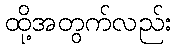
ထို့အတွက်လည်း